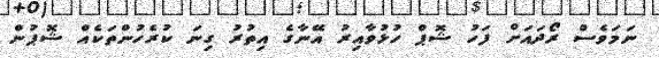
ނަމަވެސް ރޯދައަށް ފަހު ޝޮޕް ހުޅުވާއިރު އޭނާގެ އިތުރު ގިނަ ކުރެހުންތަކެއް ޝޮޕުން